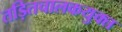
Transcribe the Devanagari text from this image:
तड़ितचालकयुक्त